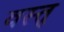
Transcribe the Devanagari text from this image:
वस्त्र्